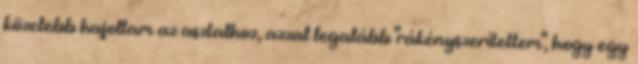
közelebb hajoltam az asztalhoz, azzal legalább "rákényszerítettem", hogy egy